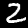
Digit: 2